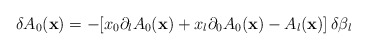
\begin{align*}\delta A_0({\bf x}) = -[x_0\partial_lA_0({\bf x}) + x_l\partial_0A_0({\bf x})-A_l({\bf x})]\,\delta\beta_l\end{align*}